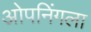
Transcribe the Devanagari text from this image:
ओपनिंगला